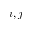
i , j